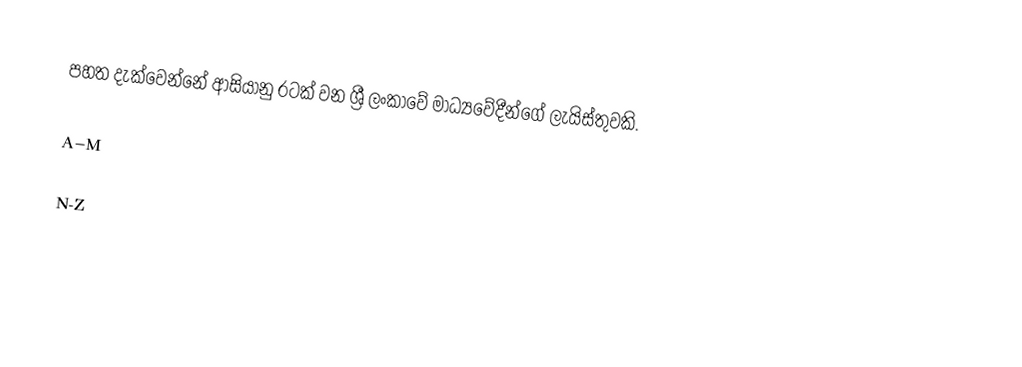
පහත දැක්වෙන්නේ ආසියානු රටක් වන ශ්‍රී ලංකාවේ මාධ්‍යවේදීන්ගේ ලැයිස්තුවකි.

A–M

N-Z